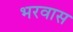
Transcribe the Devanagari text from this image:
भरवास